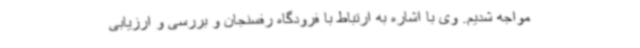
مواجه شدیم. وی با اشاره به ارتباط با فرودگاه رفسنجان و بررسی و ارزیابی